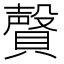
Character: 𰷎